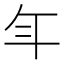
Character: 𭘾